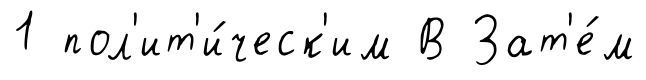
1 пол'ит'и́ческ'им В Зат'е́м